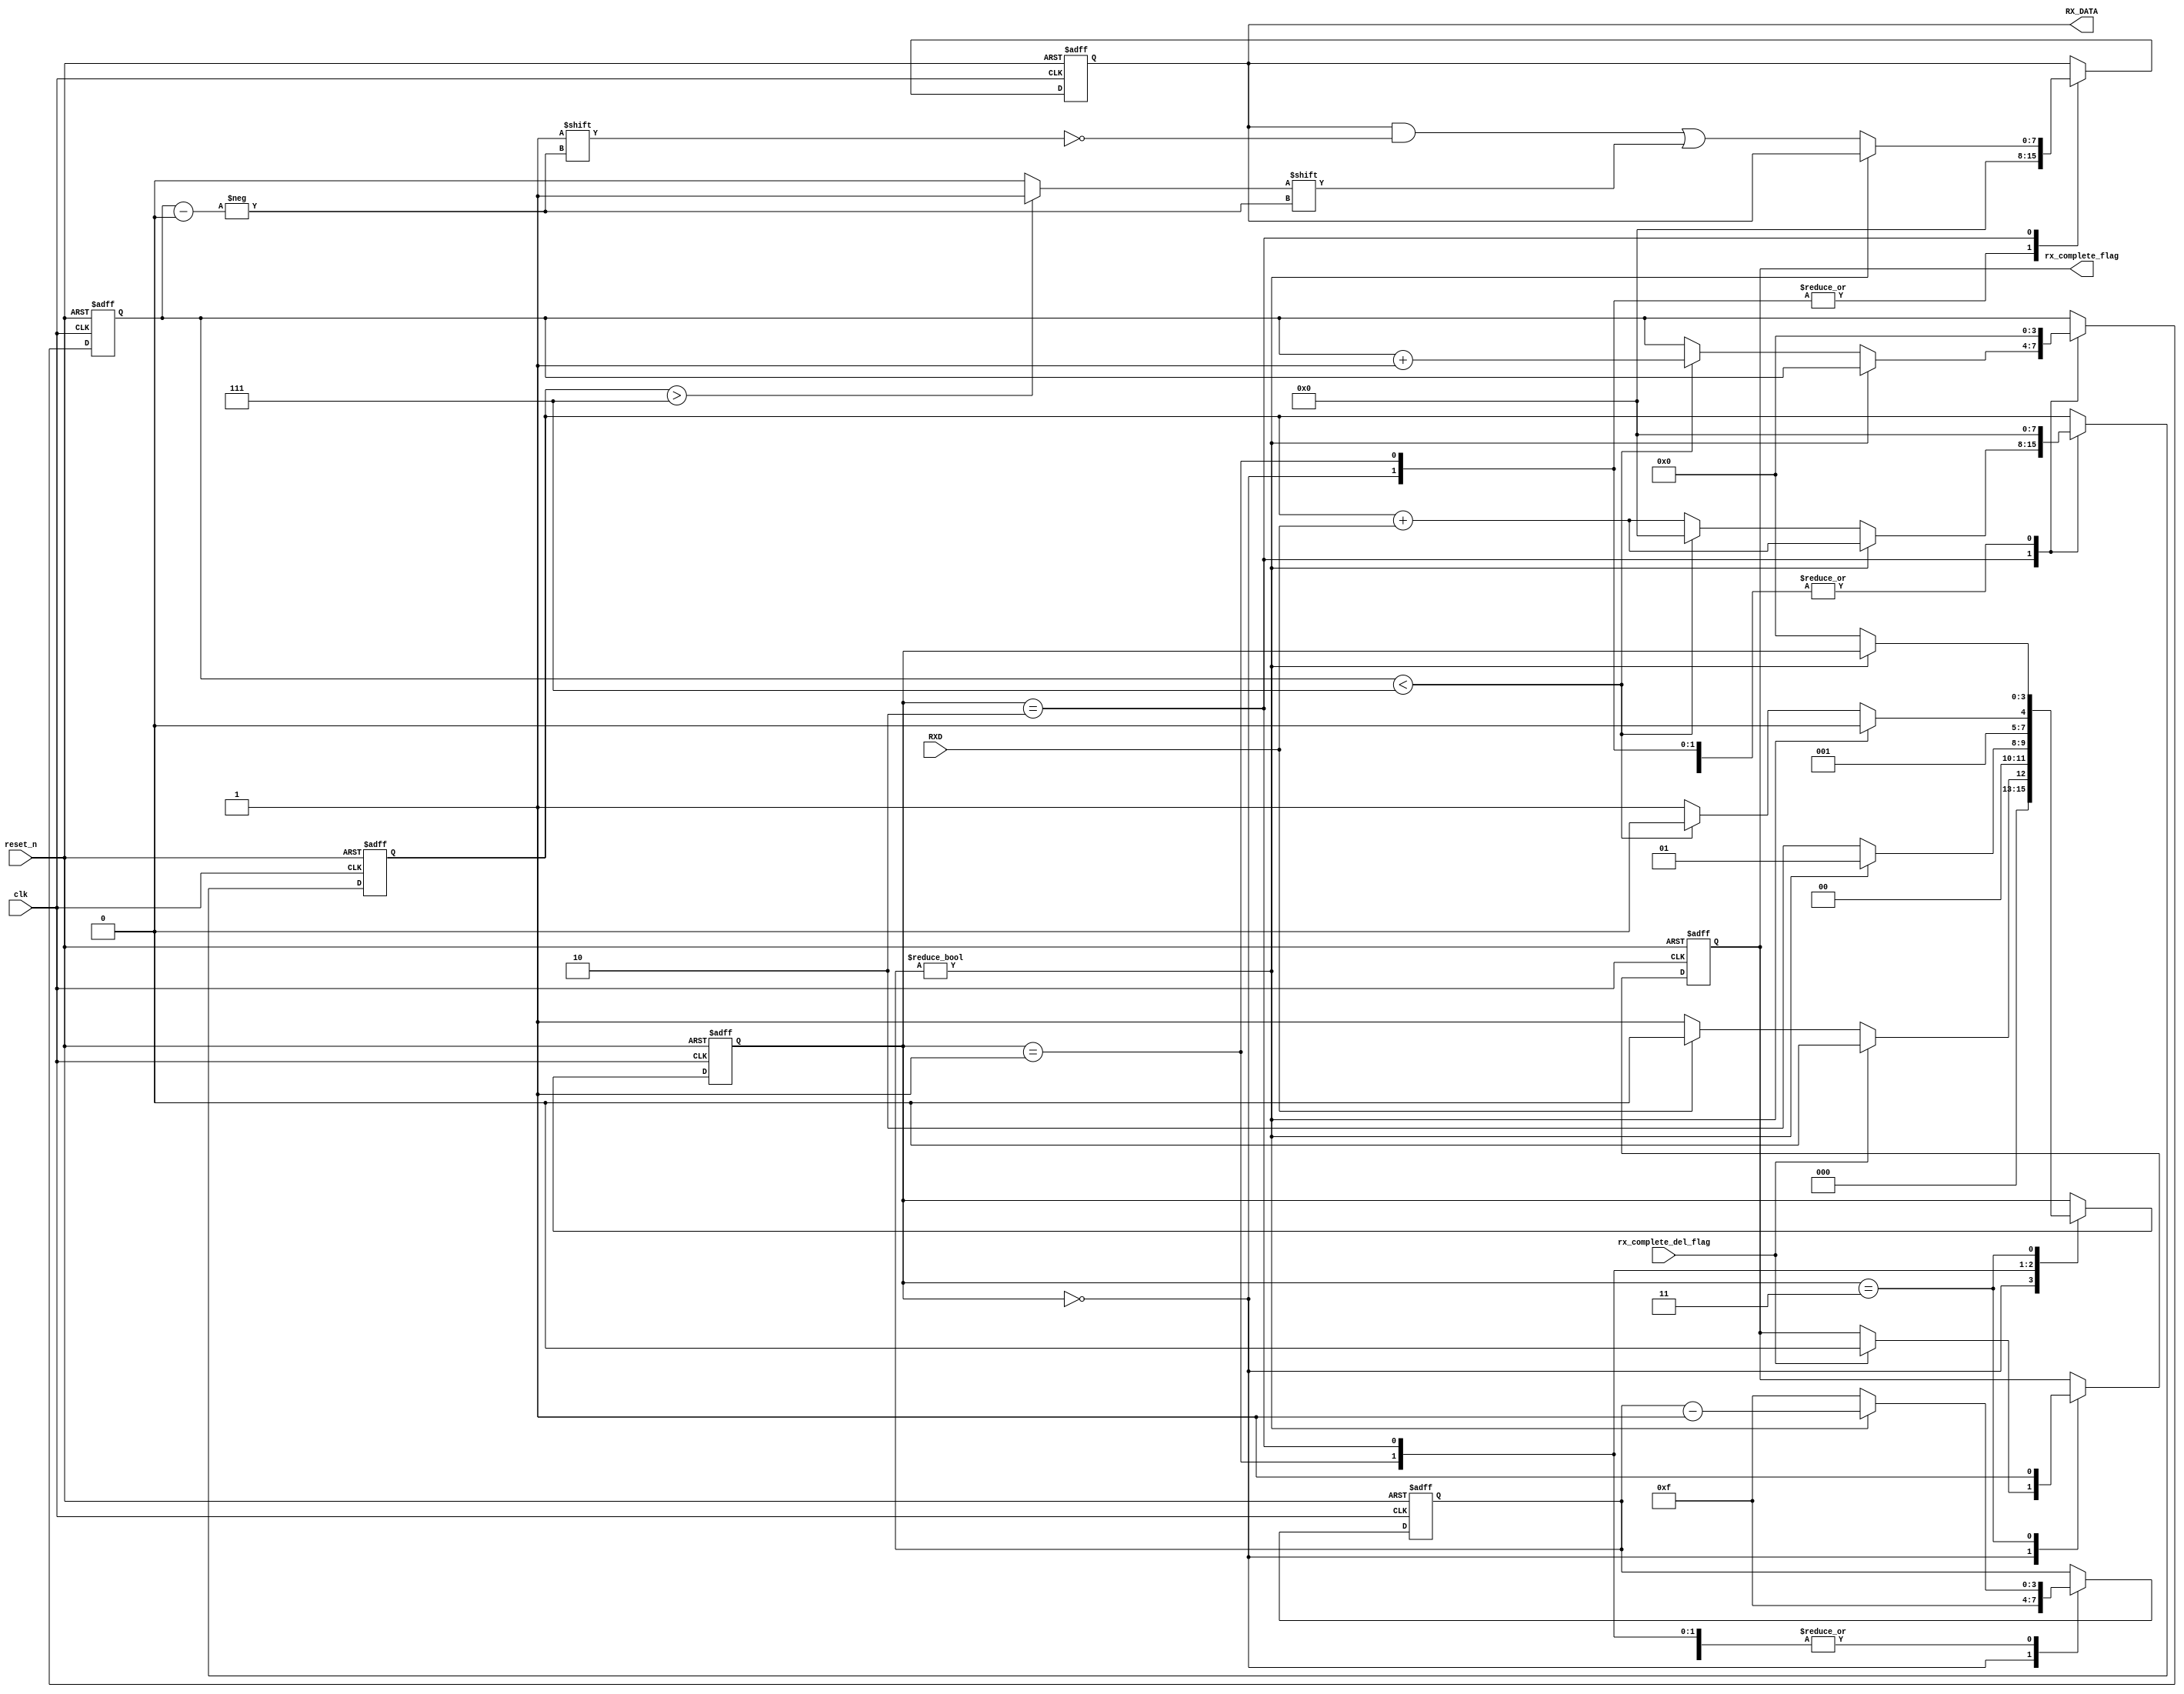
`timescale 1ns / 1ps
//////////////////////////////////////////////////////////////////////////////////
// Company: 
// Engineer: 
// 
// Design Name: 
// Module Name:    RX_Data 
// Project Name: 
// Target Devices: 
// Tool versions: 
// Description: 
//
// Dependencies: 
//
// Revision: 
// Revision 0.01 - File Created
// Additional Comments: 
//
//////////////////////////////////////////////////////////////////////////////////
module RX_Data(//////////
	 input  wire reset_n,
	 input  wire clk,
    input  wire RXD,
	 input  wire rx_complete_del_flag, 
		
    output reg [7:0] RX_DATA,
	 output reg rx_complete_flag
    );
	 

reg [3:0] rx_index;
reg [3:0] state;
reg [3:0] wait_cnt;
//reg [7:0] DATA_START;
reg [7:0] DATA;
//reg [7:0] DATA_STOP;

parameter IDLE=4'd0;
parameter START_BIT=4'd1;
parameter get_data =4'd2; 
parameter STOP_BIT=4'd3;
parameter COMPLETE=4'd4;

always @ (posedge clk or negedge reset_n) 
begin
		if(!reset_n) //reset Logik
	begin
			state <= IDLE;
			RX_DATA <= 8'b0;
			DATA <= 8'b0;
		//	DATA_START<= 8'b0;
			//DATA_STOP<= 8'b0;
			rx_complete_flag<=1'b0;
			rx_index<=4'b000;
			wait_cnt<=4'd15;
			
	end
		else 
			begin//Flache FSM_Struktur
				case(state)
	IDLE:begin	
						RX_DATA <= 8'b0;
						DATA <= 8'b0;
						//DATA_START<= 8'b0;
						
						rx_index<=4'b0000;
						wait_cnt<=4'd15;
						
					if(rx_complete_del_flag) begin 
						rx_complete_flag<=1'b0;
						state<=IDLE;
					end
					else begin  
						rx_complete_flag<=rx_complete_flag;
					//	rx_complete_flag<=1'b0;
						if(!RXD)begin
						state<=START_BIT;
						end
						else begin
						state<=IDLE;
						end
					end
			end		
	
	START_BIT:begin
						RX_DATA <= 8'b0;
						DATA <= 8'b0;
						rx_index<=4'b0000;
						
						if(wait_cnt!=4'd0)begin 
						wait_cnt<=wait_cnt-1'b1;
						state<=START_BIT;
						end
						else begin
						wait_cnt<=4'd15;
						//state<=(DATA_START>7)? START_BIT:get_data; //>=8
						state<=get_data;
						end
					end	
				
   get_data:begin
						
						DATA<=DATA+RXD;
				if(wait_cnt!=4'd0)begin 
						wait_cnt<=wait_cnt-1'b1;
						state<=get_data;
				end
				else begin
						RX_DATA[rx_index]<=(DATA>7)? 1:0;//>=8
					if(rx_index<7)begin
						rx_index<=rx_index+1;
						wait_cnt<=4'd15;
						DATA <= 8'b0;
						state<=get_data;
					end	
					else begin
					state<=STOP_BIT;
					wait_cnt<=4'd15;
					end
				end
					  
							
				end

	
		
	 STOP_BIT:begin
	 // i added a wait_time here 15:18
						DATA <= 8'b0;
						rx_index<=4'b0000;
						rx_complete_flag<=1'b1;
						//DATA_STOP<=DATA_STOP+RXD;
						if(wait_cnt!=4'd0)begin 
						wait_cnt<=wait_cnt-1'b1;
						//DATA_STOP<=DATA_STOP;
						end
						else begin
						//state<=(DATA_STOP>=8)? IDLE:STOP_BIT;
						//DATA_STOP<=(DATA_STOP>=8)? 1:0;
						wait_cnt<=4'd15;
						state<=IDLE;
						end
					end

				endcase
end	
end

endmodule